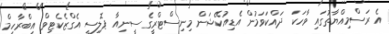
އެ ރަސްމިއްޔާތުގައި ވާހަކަ ދައްކަވަމުން އެޑިއުކޭޝަން މިނިސްޓްރީގެ ސީނިއާ ޕޮލިސީ އެގްޒެކެޓިވް އިބްރާހިމް